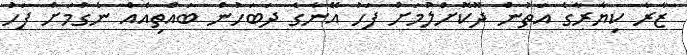
ޒާރާ ކިޔާރާގެ އަތުން ދޫކޮށްލުމަށް ފަހު އޭނާގެ ދަބަހުން ބައްތިއެއް ނެގުމަށް ފަހު